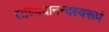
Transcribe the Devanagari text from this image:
सच्चिदानन्दस्वरूपं